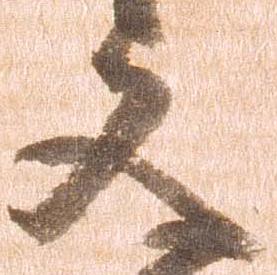
文